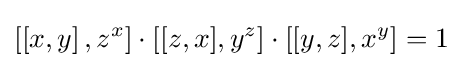
\left[\left[x,y\right],z^{x}\right]\cdot \left[[z,x],y^{z}\right]\cdot \left[[y,z],x^{y}\right]=1